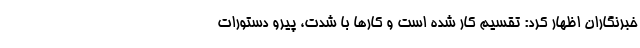
خبرنگاران اظهار کرد: تقسیم کار شده است و کارها با شدت، پیرو دستورات